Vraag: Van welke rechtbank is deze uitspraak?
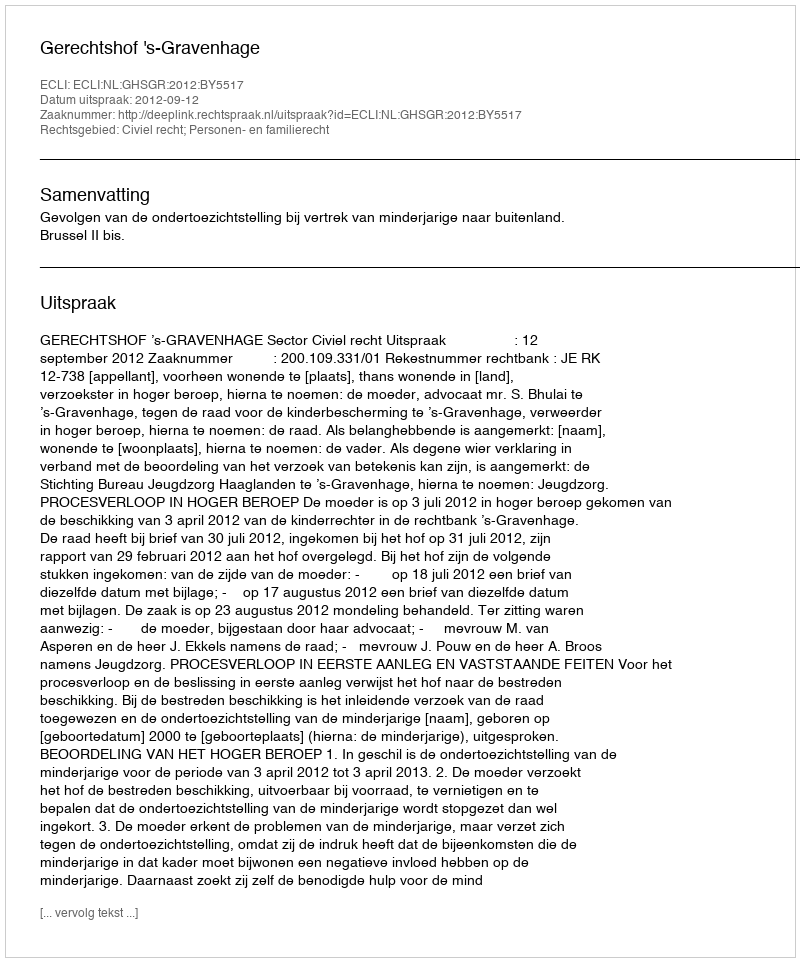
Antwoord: Gerechtshof 's-Gravenhage